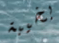
بخيبة